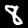
Label: 8